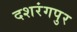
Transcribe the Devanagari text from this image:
दशरंगपुर